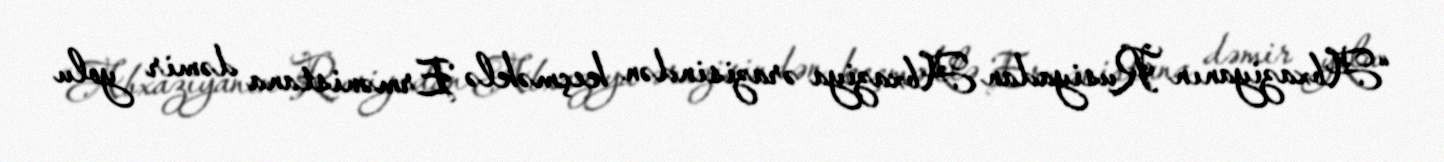
“Abxaziyanın Rusiyadan Abxaziya ərazisindən keçməklə Ermənistana dəmir yolu